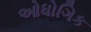
ઓધોગિક